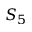
S _ { 5 }